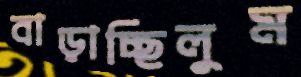
বাড়াচ্ছিলুম